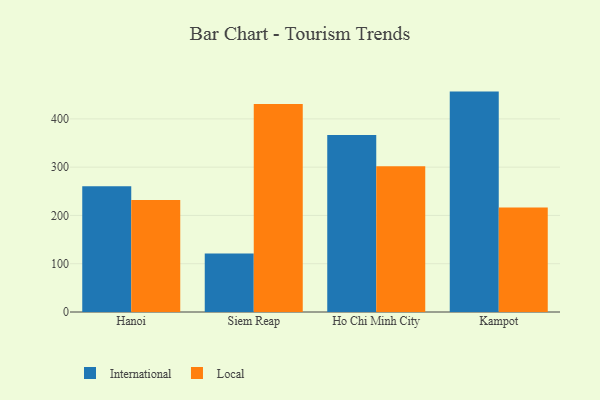
{"axis": {"x": "City", "y": "Population (Million)"}, "legend": ["International", "Local"], "data": [{"x": "Hanoi", "y": 260.2, "type": "International"}, {"x": "Hanoi", "y": 232.0, "type": "Local"}, {"x": "Siem Reap", "y": 121.1, "type": "International"}, {"x": "Siem Reap", "y": 430.9, "type": "Local"}, {"x": "Ho Chi Minh City", "y": 366.8, "type": "International"}, {"x": "Ho Chi Minh City", "y": 301.9, "type": "Local"}, {"x": "Kampot", "y": 456.5, "type": "International"}, {"x": "Kampot", "y": 216.2, "type": "Local"}]}